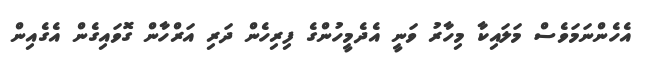
އެހެންނަމަވެސް މަލައިކާ މިހާރު ވަނީ އެދެމީހުންގެ ފިރިހެން ދަރި އަރްހާން ގޮވައިގެން އެގެއިން